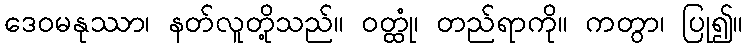
ဒေဝမနုဿာ၊ နတ်လူတို့သည်။ ဝတ္ထုံ၊ တည်ရာကို။ ကတွာ၊ ပြု၍။